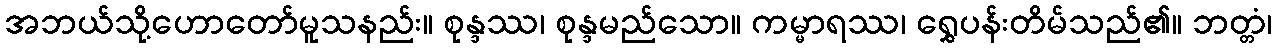
အဘယ်သို့ဟောတော်မူသနည်း။ စုန္ဒဿ၊ စုန္ဒမည်သော။ ကမ္မာရဿ၊ ရွှေပန်းတိမ်သည်၏။ ဘတ္တံ၊